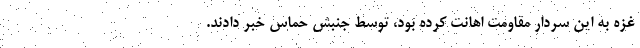
غزه به این سردار مقاومت اهانت کرده بود، توسط جنبش حماس خبر دادند.